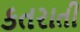
કતરાતી